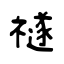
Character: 禭